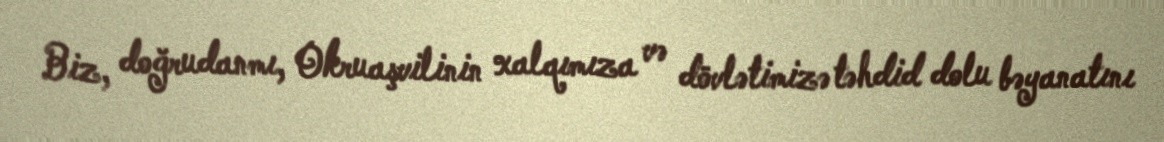
Biz, doğrudanmı, Okruaşvilinin xalqımıza və dövlətimizə təhdid dolu bəyanatını